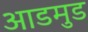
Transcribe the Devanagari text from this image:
आडमुड